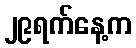
၂၉ရက်နေ့က